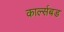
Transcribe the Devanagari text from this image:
कार्ल्सबड